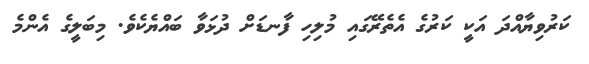
ކަރުވިޔާއްދަ އަކީ ކަރުގެ އެތެރޭގައި މުލިހި ފާނޑަށް ދުޅަވާ ބައްޔެކެވެ. މިބަލީގެ އެންމެ